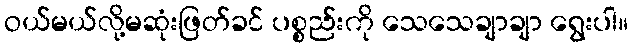
ဝယ်မယ်လို့မဆုံးဖြတ်ခင် ပစ္စည်းကို သေသေချာချာ ရွေးပါ။